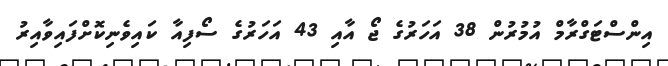
އިންސްޓަގްރާމް އުމުރުން 38 އަހަރުގެ ޖޯ އާއި 43 އަހަރުގެ ސޯފިއާ ކައިވެނިކޮށްފައިވާއިރު